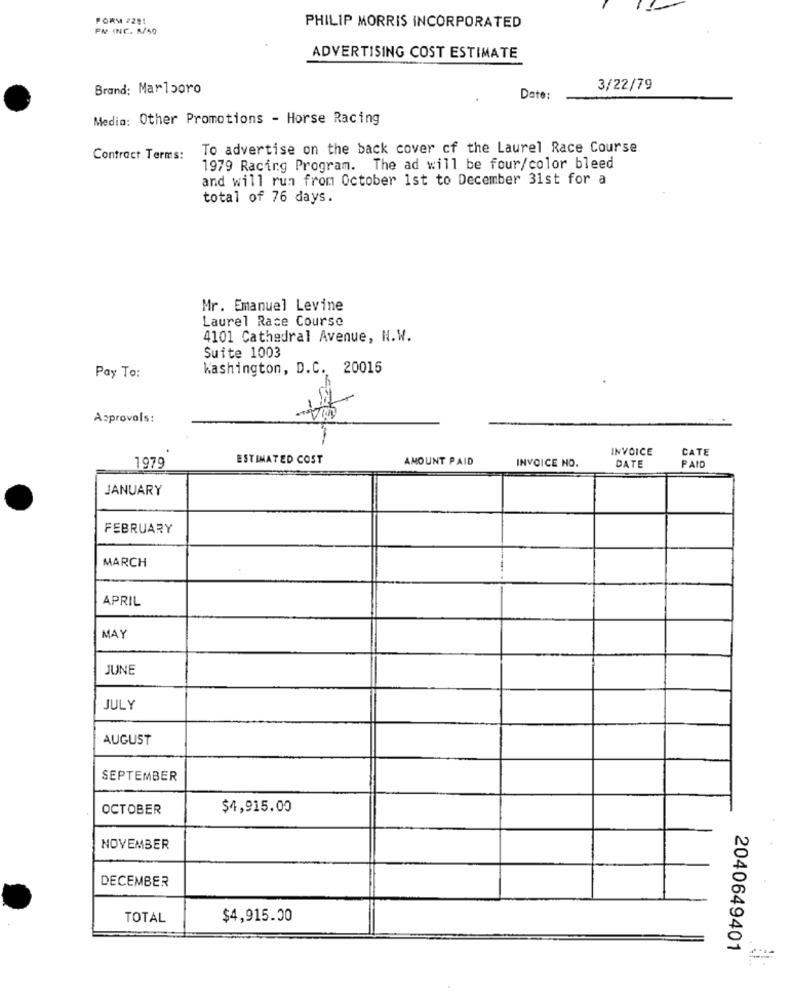
PORM #291
FW INC. R/50
PHILIP MORRIS INCORPORATED
ADVERTISING COST ESTIMATE
Brand: Marlboro
3/22/79
Date:
Media: Other Promotions - Horse Racing
To advertise on the back cover cf the Laurel Race Course
Contract Terms:
1979 Racing Program. The ad will be four/color bleed
and will run from October 1st to December 31st for a
total of 76 days.
Mr. Emanuel Levine
Laurel Race Course
4101 Cathedral Avenue, N.W.
Suite 1003
Pay To:
Kashington, D.C. 20016
Approvals:
INVOICE
CATE
ESTIMATED COST
AMOUNT PAID
INVOICE NO.
1979
DATE
PAID
JANUARY
FEBRUARY
MARCH
APRIL
MAY
JUNE
JULY
AUGUST
SEPTEMBER
OCTOBER
$4,915.00
NOVEMBER
DECEMBER
TOTAL
$4,915.00
2040649401